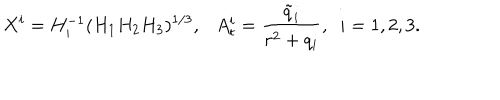
LaTeX: X ^ { i } = H _ { i } ^ { - 1 } ( H _ { 1 } H _ { 2 } H _ { 3 } ) ^ { 1 / 3 } , \ \ \ A _ { t } ^ { i } = \frac { \tilde { q } _ { i } } { r ^ { 2 } + q _ { i } } , \ \ i = 1 , 2 , 3 .